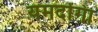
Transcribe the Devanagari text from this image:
यमदोंगा